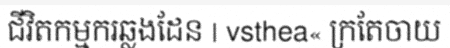
ជីវិតកម្មករឆ្លងដែន | vsthea« ក្រតែចាយ